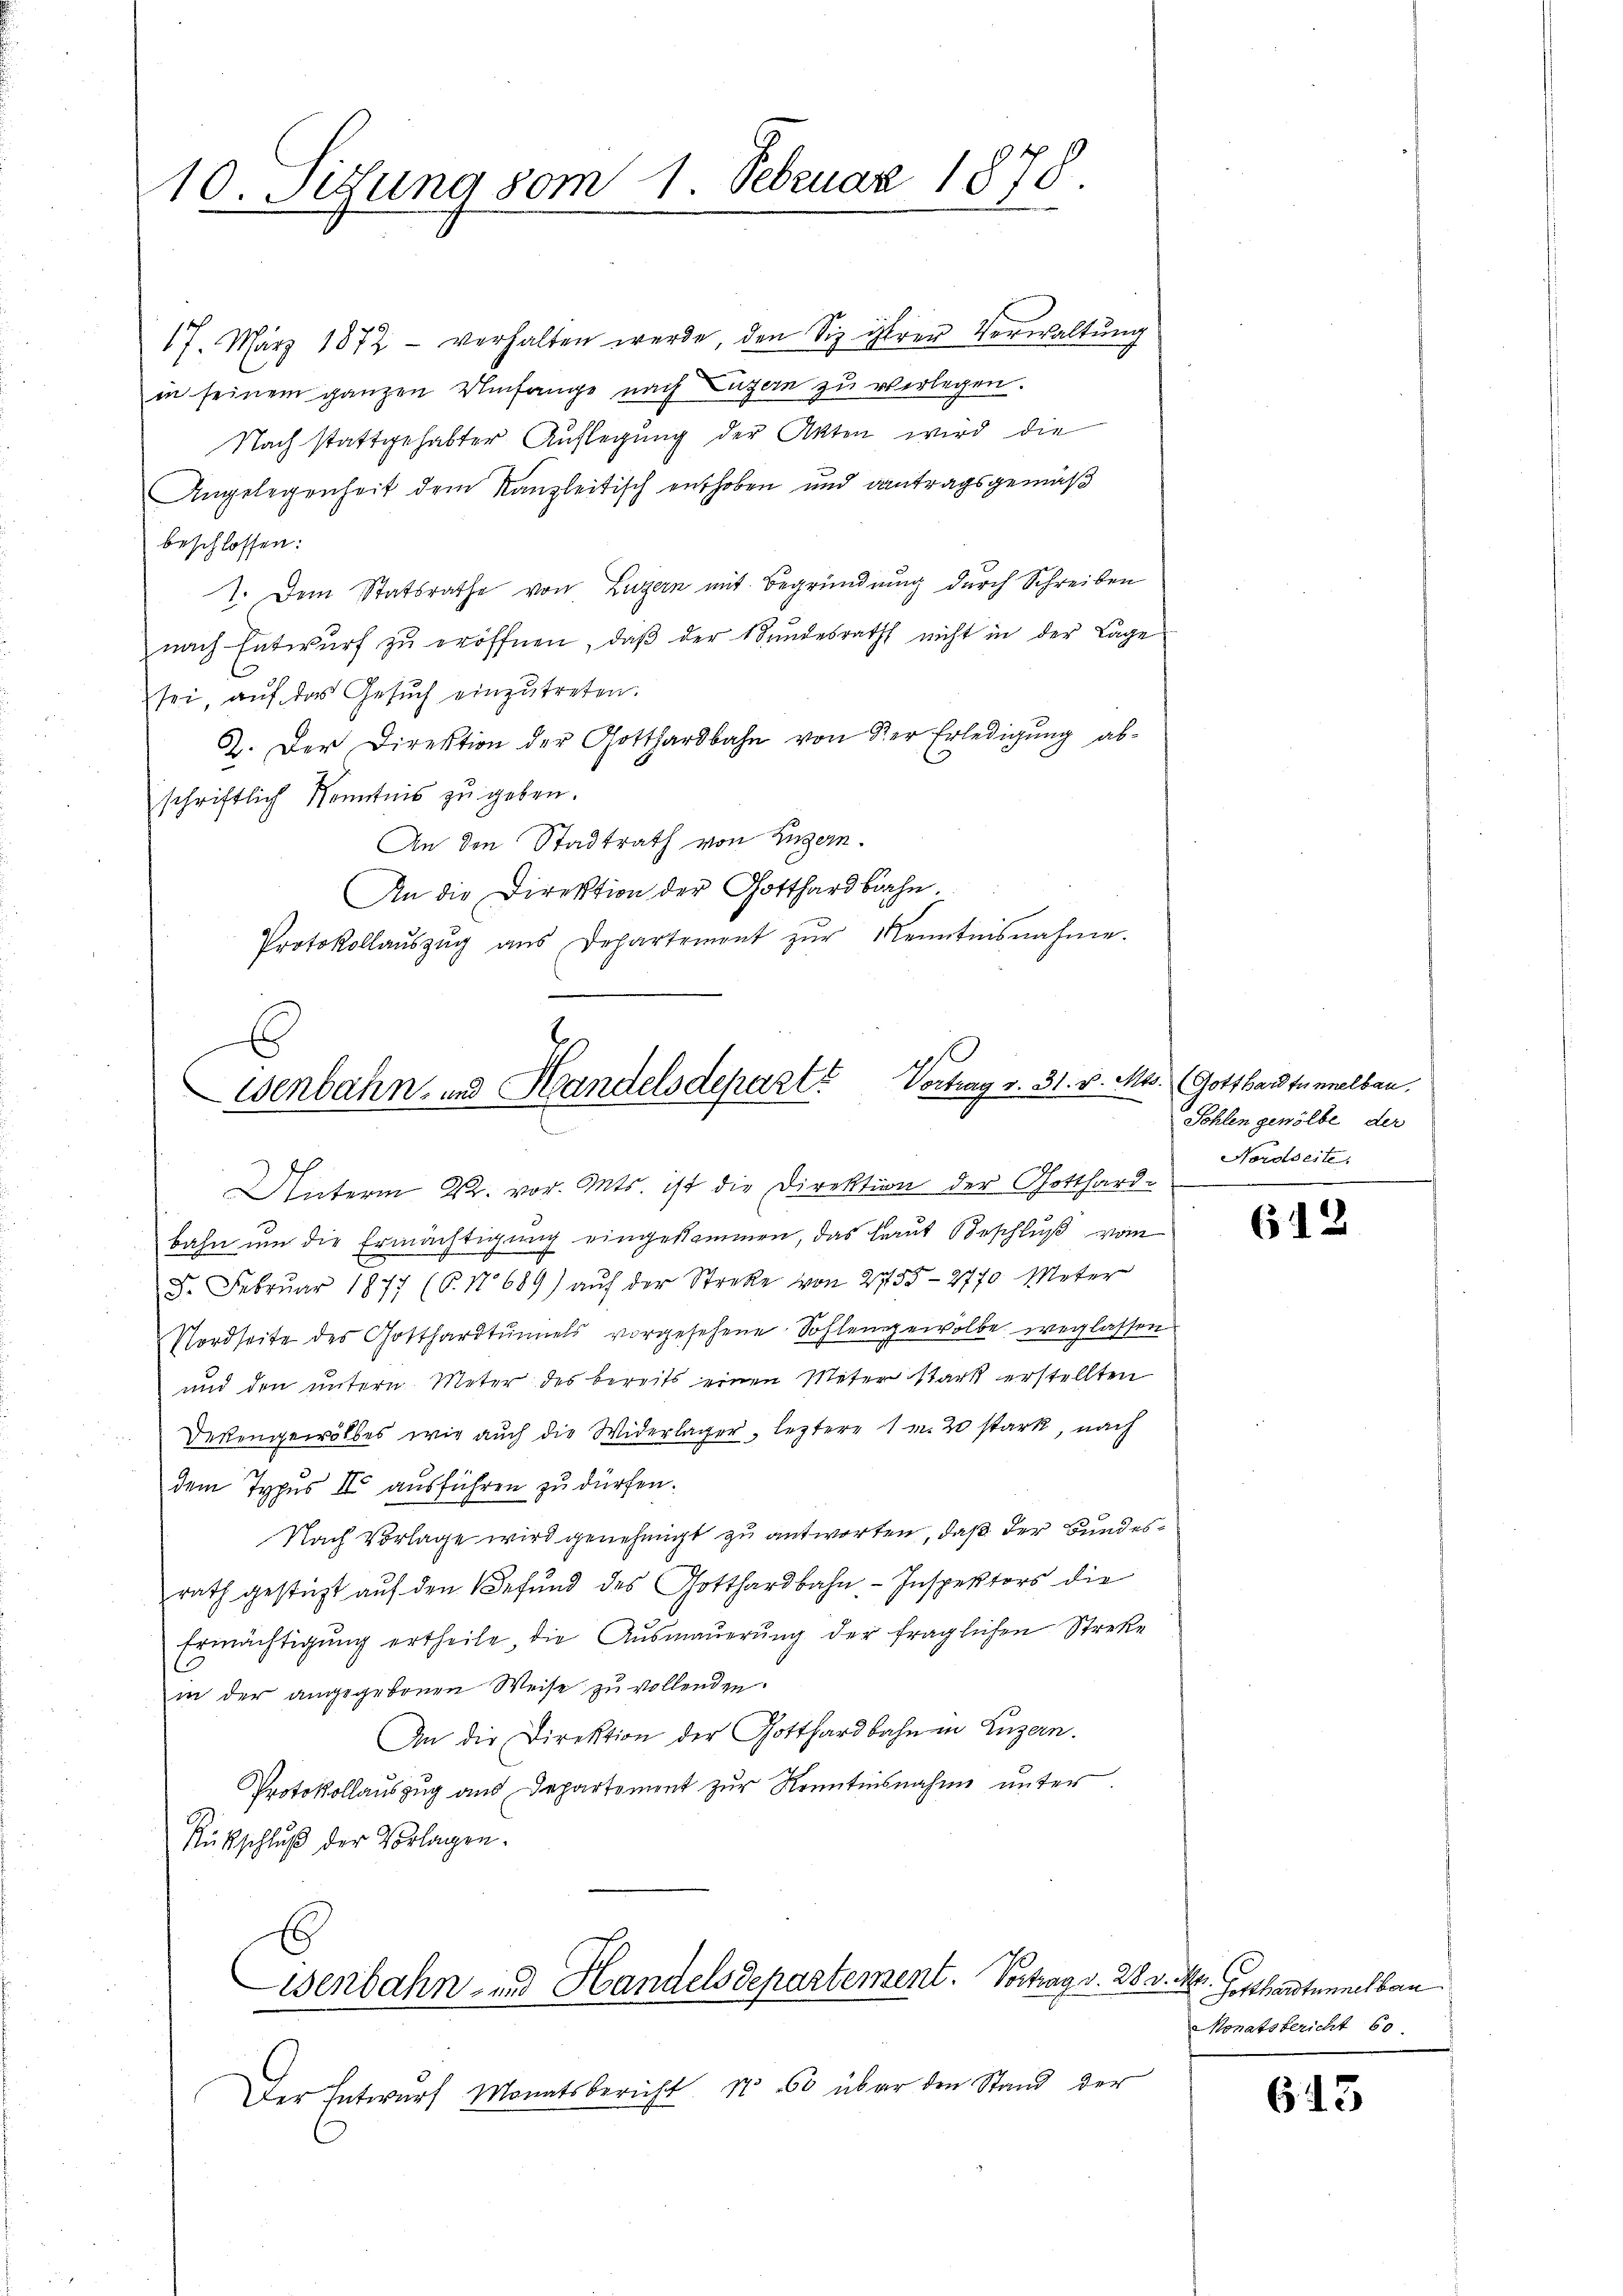
10. Setzung vom 1. Februar 1878.

17. März 1872 - verhalten werde, den Siz ihrer Verwaltung
in seinem ganzen Umfange nach Luzern zu verlegen.
Nach stattgehabter Auflegung der Akten wird die
Angelegenheit dem Kanzleitisch enthoben und antragsgemäß
beschlossen:
7. Dem Statsrathe von Luzern mit Begründung durch Schreiben
nach Entwurf zu eröffnen, daβ der Bundesrath nicht in der Lage
sei, aŭf das Gesŭch einzŭtreten.
2. Der Direktion der Gotthardbahn von der Erledigung abschriftlich Kenntnis zu geben.
An den Stadtrath von Luzern.
An die Direktion der Gotthardbahn.
Protokollaŭszŭg ans Departement zŭr Kenntnisnahme.

Wenbahn- und Handelsdepart? Vortrag v. 31. v. Ma

Unterm 22. vor. Mts. ist die Direktion der Gotthard-

bahn um die Ermächtigung eingekommen, das laut Beschluß vom
5. Februar 1877 (S. 11689) aŭf der Streke von 2755-2770 Meter
Nordseite des Gotthardtunnels vorgesehene Sohlengewolbe weglassen
und den untern. Meter des bereits einen Meter stark erstellten
Dekengewölbes wie auch die Widerlager, leztere 1 v. 20 stark, nach
dem Typus IV ausführen zu dürfen.
Nach Vorlage wird genehmigt zu antworten, daß der Bundesrath gesteht auf den Befund des Gotthardbahn - Inspektors die
Ermächtigung ertheile die Ausmauerung der fraglichen Streke
in der angegebenen Weise zu vollenden.
An die Direktion der Gotthardbahn in Luzern.
Protokollauszug aus Departement zur Kenntnisnahme unter
Rückschluß der Vorlagen.

Wenbahn- und Handelsdepartement. Vortrag v. 28. v. M.

Der Entwurf Monatsbericht 1 60 über den Stand der

3. Gotthardtunnelbau.
Sohlen gewölbe, der
Nordseite

612

Gotthardtunnel bau
Monatsbericht 60

613